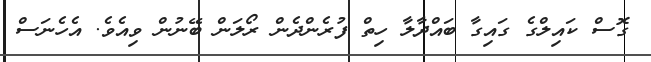
ގޮސް ކައިލްގެ ގައިގާ ބައްދާލާ ހިތް ފުރެންދެން ރޯލަން ބޭނުން ވިއެވެ. އެހެނަސް